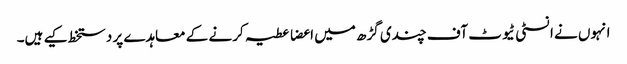
انہوں نے انسٹی ٹیوٹ آف چندی گڑھ میں اعضا عطیہ کرنے کے معاہدے پر دستخط کیے ہیں۔